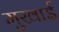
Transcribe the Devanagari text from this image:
मुखाई